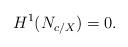
LaTeX: \begin{align*} H^1(N_{c/X})=0.\end{align*}